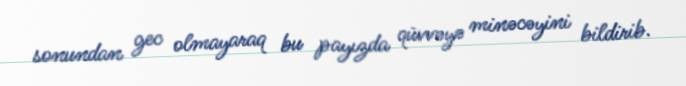
sonundan gec olmayaraq bu payızda qüvvəyə minəcəyini bildirib.